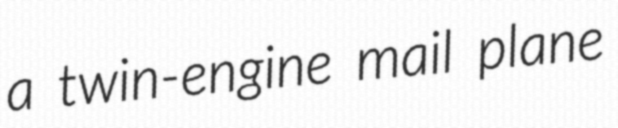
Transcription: a twin-engine mail plane